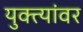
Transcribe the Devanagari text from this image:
युक्त्यांवर